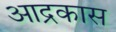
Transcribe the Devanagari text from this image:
आद्रकास